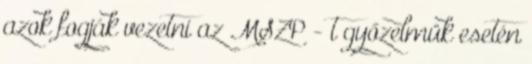
azok fogják vezetni az MSZP - t győzelmük esetén